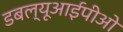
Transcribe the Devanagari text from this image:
डबल्यूआईपीओ